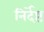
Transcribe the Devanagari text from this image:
निर्देष्ट